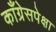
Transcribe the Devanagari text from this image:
काँग्रेसपेक्षा